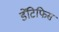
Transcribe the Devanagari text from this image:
डेंटिफिस